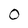
Character: 0